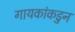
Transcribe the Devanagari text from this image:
गायकांकडुन